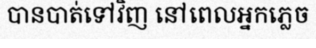
បានបាត់ទៅវិញ នៅពេលអ្នកភ្លេច